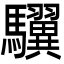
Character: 龮